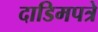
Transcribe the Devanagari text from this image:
दाडिमपत्रे